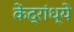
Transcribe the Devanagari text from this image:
केंद्रांध्ये